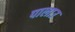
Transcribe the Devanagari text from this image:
पालाउ